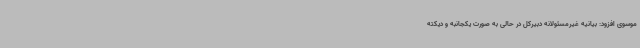
موسوی افزود: بیانیه غیرمسئولانه دبیرکل در حالی به صورت یکجانبه و دیکته